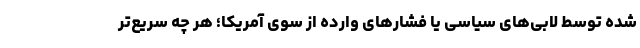
شده توسط لابی‌های سیاسی یا فشار‌های وارده از سوی آمریکا؛ هر چه سریع‌تر